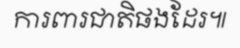
ការពារជាតិផងដែរ៕